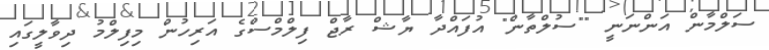
ސަލްމާން އަންނަނީ ""ސުލްތާން" އުފައްދާ ޔާޝް ރާޖް ފިލްމްސްގެ އަރިހުން މިފިލްމު ދިވާލީގައި